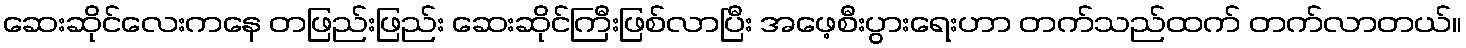
ဆေးဆိုင်လေးကနေ တဖြည်းဖြည်း ဆေးဆိုင်ကြီးဖြစ်လာပြီး အဖေ့စီးပွားရေးဟာ တက်သည်ထက် တက်လာတယ်။